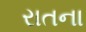
રાતના